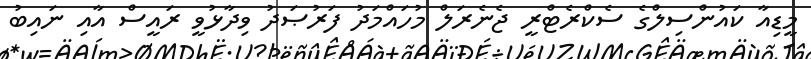
މީޑިއާ ކައުންސިލްގެ ސެކްރެޓްރީ ޖެނެރަލް މުހައްމަދު ފަރުޞަދު ވިދާޅުވީ ރައީސް އާއި ނައިބު